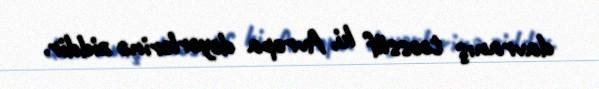
davranış təəssüf ki, Avropa dəyərlərinə ziddir.